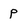
Character: P